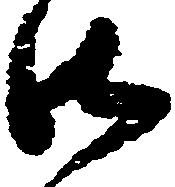
御